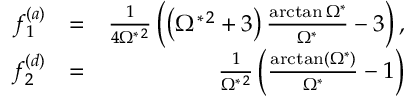
\begin{array} { r l r } { f _ { 1 } ^ { ( a ) } } & { = } & { \frac { 1 } { 4 \Omega ^ { * \, 2 } } \left( \left( \Omega ^ { * \, 2 } + 3 \right) \frac { \arctan \Omega ^ { * } } { \Omega ^ { * } } - 3 \right) , } \\ { f _ { 2 } ^ { ( d ) } } & { = } & { \frac { 1 } { \Omega ^ { * \, 2 } } \left( \frac { \arctan \left( \Omega ^ { * } \right) } { \Omega ^ { * } } - 1 \right) } \end{array}